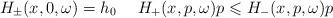
LaTeX: \begin{align*} H_\pm(x,0,\omega)= h_0\ \ \ \ H_+(x,p,\omega)p\leqslant H_-(x,p,\omega)p\quad\end{align*}